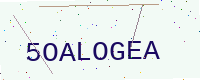
Text: 5OALOGEA